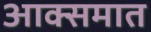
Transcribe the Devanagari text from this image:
आक्समात